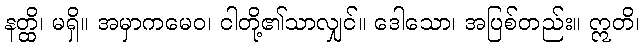
နတ္ထိ၊ မရှိ။ အမှာကမေဝ၊ ငါတို့၏သာလျှင်။ ဒေါသော၊ အပြစ်တည်း။ ဣတိ၊